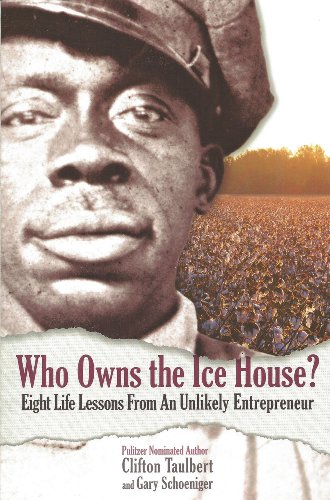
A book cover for Who Owns the Ice House? Eight Life Lessons From an Unlikely Entrepreneur; Gary Schoeniger; Sports & Outdoors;